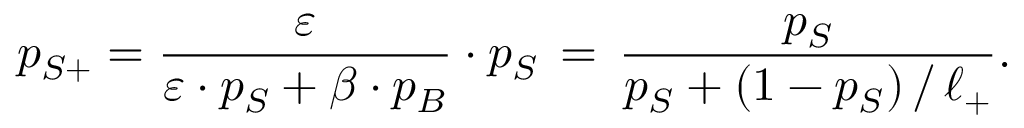
p _ { S + } = \frac { \varepsilon } { \varepsilon \cdot p _ { S } + \beta \cdot p _ { B } } \cdot p _ { S } \, = \, \frac { p _ { S } } { p _ { S } + ( 1 - p _ { S } ) \, / \, \ell _ { + } } .